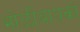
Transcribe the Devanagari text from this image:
भोळीबायको